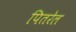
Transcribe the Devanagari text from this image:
पितरेल